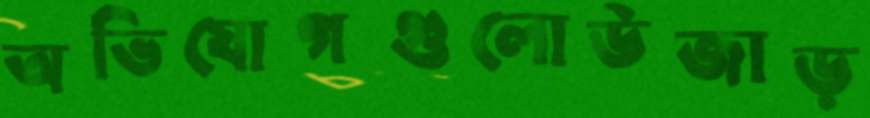
অভিযোগগুলোউজাড়